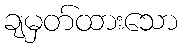
ချမှတ်ထားသော